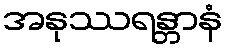
အနုဿရန္တာနံ